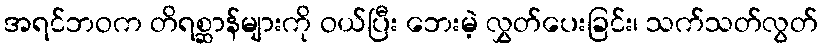
အရင်ဘဝက တိရစ္ဆာန်များကို ဝယ်ပြီး ဘေးမဲ့ လွှတ်ပေးခြင်း၊ သက်သတ်လွတ်